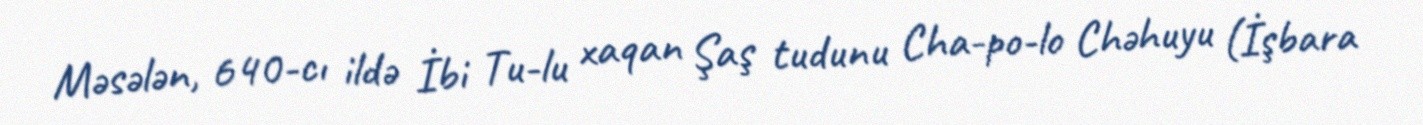
Məsələn, 640-cı ildə İbi Tu-lu xaqan Şaş tudunu Cha-po-lo Chəhuyu (İşbara